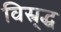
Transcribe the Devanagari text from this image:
विस्र्द्ध